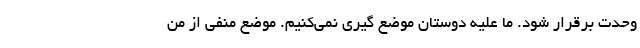
وحدت برقرار شود. ما علیه دوستان موضع گیری نمی‌کنیم. موضع منفی از من